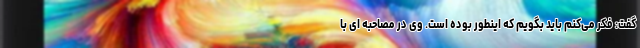
گفت: فکر می‌کنم باید بگویم که اینطور بوده است. وی در مصاحبه ای با